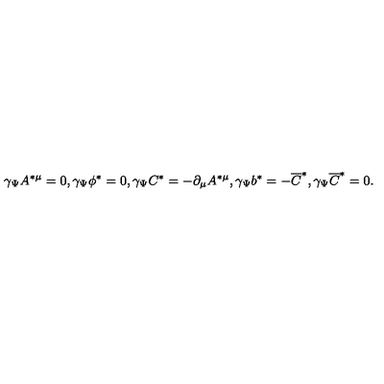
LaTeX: \gamma _ { \Psi } A ^ { * \mu } = 0 , \gamma _ { \Psi } \phi ^ { * } = 0 , \gamma _ { \Psi } C ^ { * } = - \partial _ { \mu } A ^ { * \mu } , \gamma _ { \Psi } b ^ { * } = - \overline { { C } } ^ { * } , \gamma _ { \Psi } \overline { { C } } ^ { * } = 0 .